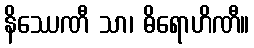
နိဿေဏီ သာ၊ ဓိရောဟိဏီ။